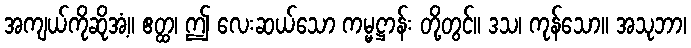
အကျယ်ကိုဆိုအံ့။ ဧတ္ထ၊ ဤ လေးဆယ်သော ကမ္မဋ္ဌာန်း တို့တွင်။ ဒသ၊ ကုန်သော။ အသုဘာ၊